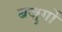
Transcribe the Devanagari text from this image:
बज़ुर्गों